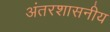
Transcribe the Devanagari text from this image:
अंतरशासनीय